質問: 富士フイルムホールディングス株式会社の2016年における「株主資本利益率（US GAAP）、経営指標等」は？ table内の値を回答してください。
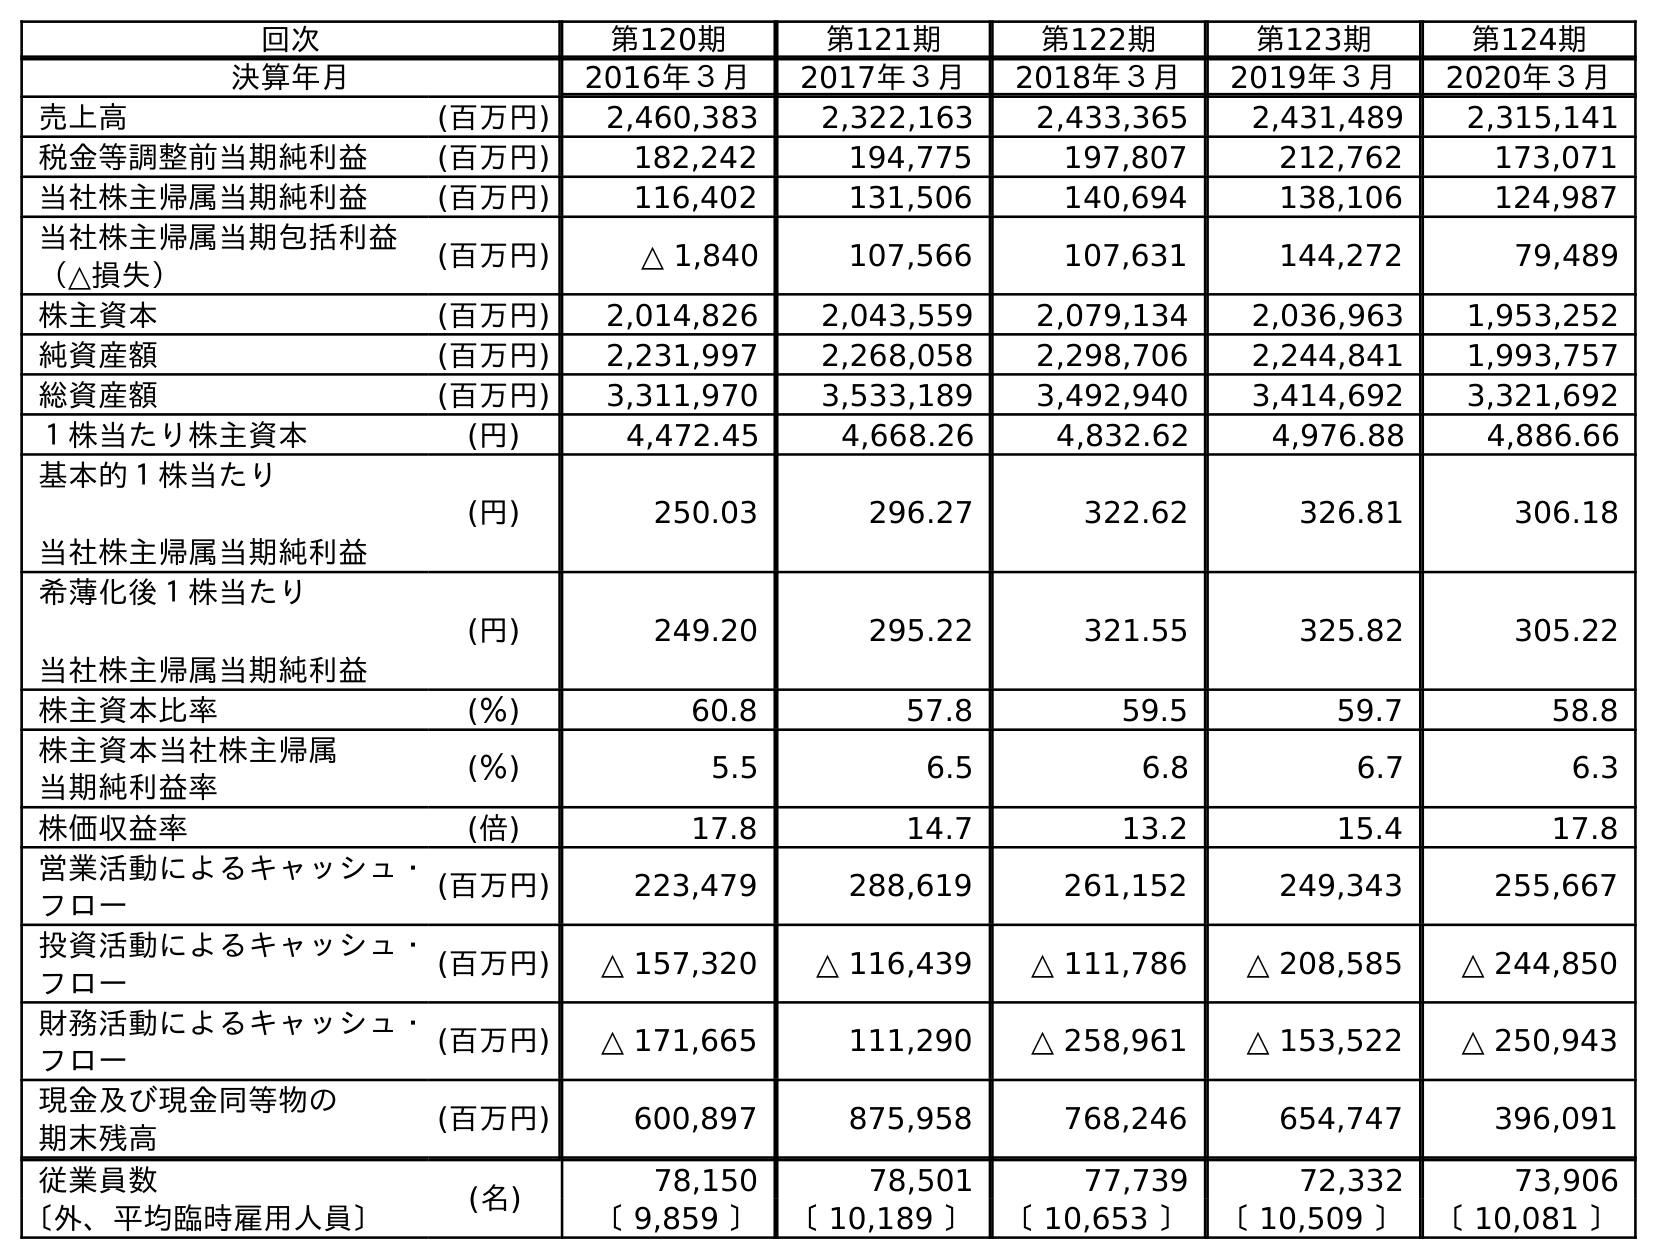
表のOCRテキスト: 回次 第120期 第121期 第122期 第123期 第124期 決算年月 2016年３月 2017年３月 2018年３月 2019年３月 2020年３月 売上高 (百万円) 2,460,383 2,322,163 2,433,365 2,431,489 2,315,141 税金等調整前当期純利益 (百万円) 182,242 194,775 197,807 212,762 173,071 当社株主帰属当期純利益 (百万円) 116,402 131,506 140,694 138,106 124,987 当社株主帰属当期包括利益 （△損失） (百万円) △ 1,840 107,566 107,631 144,272 79,489 株主資本 (百万円) 2,014,826 2,043,559 2,079,134 2,036,963 1,953,252 純資産額 (百万円) 2,231,997 2,268,058 2,298,706 2,244,841 1,993,757 総資産額 (百万円) 3,311,970 3,533,189 3,492,940 3,414,692 3,321,692 １株当たり株主資本 (円) 4,472.45 4,668.26 4,832.62 4,976.88 4,886.66 基本的１株当たり 当社株主帰属当期純利益 (円) 250.03 296.27 322.62 326.81 306.18 希薄化後１株当たり 当社株主帰属当期純利益 (円) 249.20 295.22 321.55 325.82 305.22 株主資本比率 (％) 60.8 57.8 59.5 59.7 58.8 株主資本当社株主帰属 当期純利益率 (％) 5.5 6.5 6.8 6.7 6.3 株価収益率 (倍) 17.8 14.7 13.2 15.4 17.8 営業活動によるキャッシュ・ フロー (百万円) 223,479 288,619 261,152 249,343 255,667 投資活動によるキャッシュ・ フロー (百万円) △ 157,320 △ 116,439 △ 111,786 △ 208,585 △ 244,850 財務活動によるキャッシュ・ フロー (百万円) △ 171,665 111,290 △ 258,961 △ 153,522 △ 250,943 現金及び現金同等物の 期末残高 (百万円) 600,897 875,958 768,246 654,747 396,091 従業員数 (名) 78,150 78,501 77,739 72,332 73,906 〔外、平均臨時雇用人員〕 〔 9,859 〕 〔 10,189 〕 〔 10,653 〕 〔 10,509 〕 〔 10,081 〕
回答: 5.5